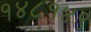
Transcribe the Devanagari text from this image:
१४८१४९